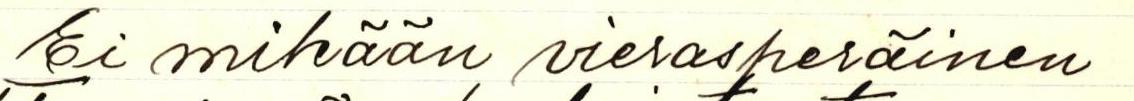
Ei mikään vierasperäinen